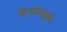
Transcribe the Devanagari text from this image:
विजयेच्छूंची